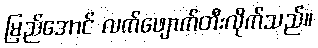
မြည်အောင် လက်ဖျောက်တီးလိုက်သည်။